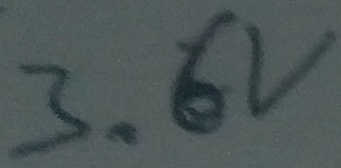
Text: 3.6V